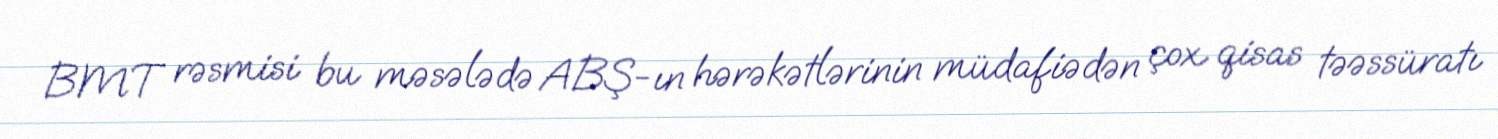
BMT rəsmisi bu məsələdə ABŞ-ın hərəkətlərinin müdafiədən çox qisas təəssüratı